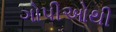
ગોપીઓથી